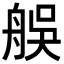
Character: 𦨼